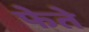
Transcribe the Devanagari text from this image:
फेते